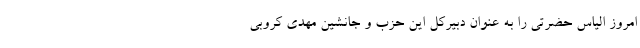
امروز الیاس حضرتی را به عنوان دبیرکل این حزب و جانشین مهدی کروبی